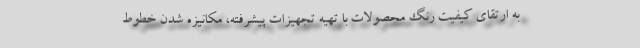
به ارتقای کیفیت رنگ محصولات با تهیه تجهیزات پیشرفته، مکانیزه شدن خطوط